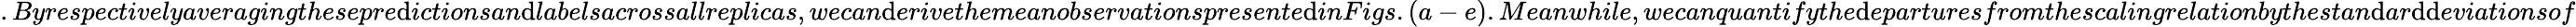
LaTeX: .Byrespectivelyaveragingthesepre\mathrm{d}ictionsan\mathrm{d}labelsacrossallreplicas,wecan\mathrm{d}erivethemeanobservationspresente\mathrm{d}inFigs.(a-e).Meanwhile,wecanquantifythe\mathrm{d}eparturesfromthescalingrelationbythestan\mathrm{d}ar\mathrm{d}\mathrm{d}eviationsof